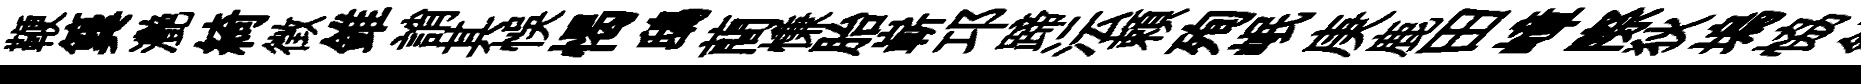
鞭簨灧綺徴錐誚其悞愒鴟蕳慊胎嶄邛蹄沄頼殉岷庚鹿田嶂際狄塢恊針